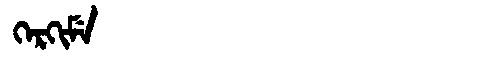
Manchu: ᡴᡝᡵᡴᡳᠮᡝ
Romanization: KERKIME